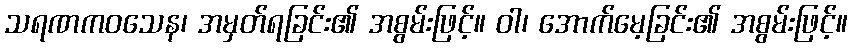
သရဏကဝသေန၊ အမှတ်ရခြင်း၏ အစွမ်းဖြင့်။ ဝါ၊ အောက်မေ့ခြင်း၏ အစွမ်းဖြင့်။